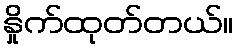
နှိုက်ထုတ်တယ်။